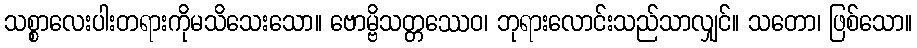
သစ္စာလေးပါးတရားကိုမသိသေးသော။ ဗောမ္ဗိသတ္တဿေဝ၊ ဘုရားလောင်းသည်သာလျှင်။ သတော၊ ဖြစ်သော။